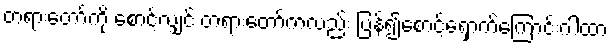
တရားတော်ကို စောင့်လျှင် တရားတော်ကလည်း ပြန်၍စောင့်ရှောက်ကြောင်းဂါထာ